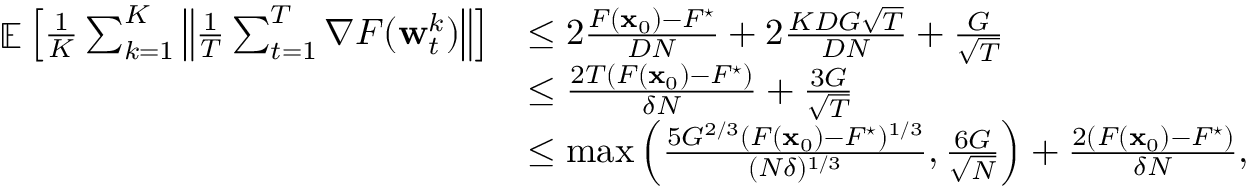
\begin{array} { r l } { \mathop { \mathbb { E } } \left[ \frac { 1 } { K } \sum _ { k = 1 } ^ { K } \left\| \frac { 1 } { T } \sum _ { t = 1 } ^ { T } \nabla F ( { \mathbf w } _ { t } ^ { k } ) \right\| \right] } & { \le 2 \frac { F ( { \mathbf x } _ { 0 } ) - F ^ { \star } } { D N } + 2 \frac { K D G \sqrt { T } } { D N } + \frac { G } { \sqrt { T } } } \\ & { \le \frac { 2 T ( F ( { \mathbf x } _ { 0 } ) - F ^ { \star } ) } { \delta N } + \frac { 3 G } { \sqrt { T } } } \\ & { \le \operatorname* { m a x } \left( \frac { 5 G ^ { 2 / 3 } ( F ( { \mathbf x } _ { 0 } ) - F ^ { \star } ) ^ { 1 / 3 } } { ( N \delta ) ^ { 1 / 3 } } , \frac { 6 G } { \sqrt { N } } \right) + \frac { 2 ( F ( { \mathbf x } _ { 0 } ) - F ^ { \star } ) } { \delta N } , } \end{array}